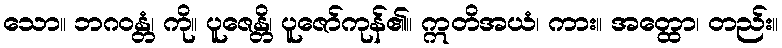
သော။ ဘဂဝန္တံ၊ ကို။ ပူဇေန္တိ၊ ပူဇော်ကုန်၏။ ဣတိအယံ၊ ကား။ အတ္ထော၊ တည်း။